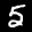
Label: 5